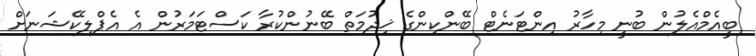
ބީއެމްއެލުން ބުނީ މިހާރު އިންޓަނެޓް ބޭންކިންގެ ޚިދުމަތް ބޭނުންކުރާ ކަސްޓަމަރުން އެ އެޕްލިކޭޝަނަށް